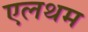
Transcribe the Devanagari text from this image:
एलथम